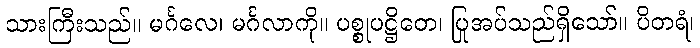
သားကြီးသည်။ မင်္ဂလေ၊ မင်္ဂလာကို။ ပစ္စုပဋ္ဌိတေ၊ ပြုအပ်သည်ရှိသော်။ ပိတရံ၊